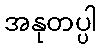
အနုတပ္ပါ